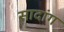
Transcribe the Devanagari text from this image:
सादांग